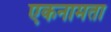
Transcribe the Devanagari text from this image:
एकनामता